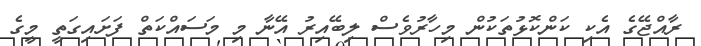
ރާއްޖޭގެ އެކި ކަންކޮޅުތަކުން މިހާރުވެސް ލިބޭއިރު އޭނާ މި މަސައްކަތް ފަށައިގަތީ މީގެ